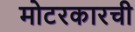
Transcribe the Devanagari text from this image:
मोटरकारची